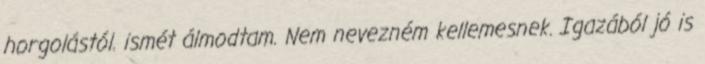
horgolástól. ismét álmodtam. Nem nevezném kellemesnek. Igazából jó is